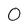
Character: 0